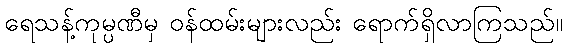
ရေသန့်ကုမ္ပဏီမှ ဝန်ထမ်းများလည်း ရောက်ရှိလာကြသည်။